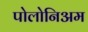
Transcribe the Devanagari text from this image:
पोलोनिअम